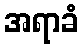
အရာခံ